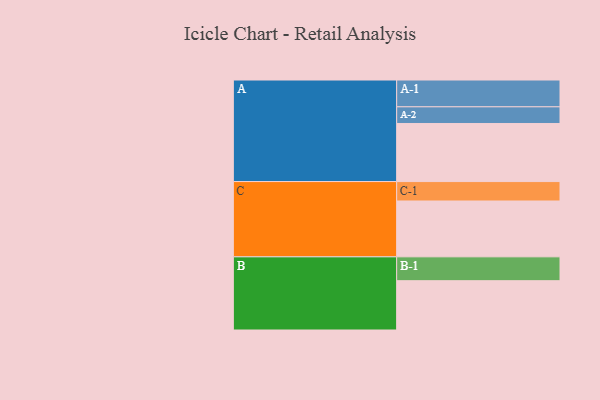
{"axis": {"x": "Segment", "y": "Value"}, "legend": ["", "A", "B", "C"], "data": [{"x": "A", "y": 550, "type": ""}, {"x": "B", "y": 467, "type": ""}, {"x": "C", "y": 529, "type": ""}, {"x": "A-1", "y": 254, "type": "A"}, {"x": "A-2", "y": 158, "type": "A"}, {"x": "B-1", "y": 226, "type": "B"}, {"x": "C-1", "y": 184, "type": "C"}]}